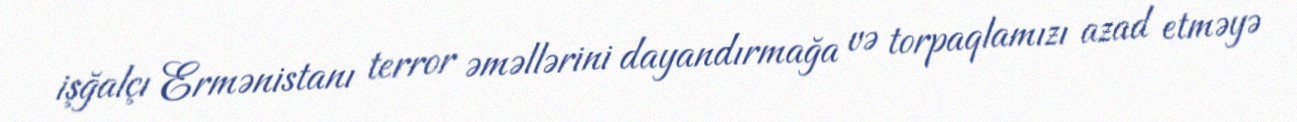
işğalçı Ermənistanı terror əməllərini dayandırmağa və torpaqlamızı azad etməyə